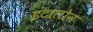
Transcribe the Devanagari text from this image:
इटालोन